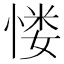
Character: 㥪